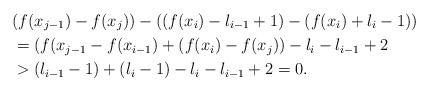
\begin{align*}&(f(x_{j-1})-f(x_j))-((f(x_i)-l_{i-1}+1)-(f(x_i)+l_i-1))\\&=(f(x_{j-1}-f(x_{i-1})+(f(x_i)-f(x_j))-l_i-l_{i-1}+2\\&>(l_{i-1}-1)+(l_i-1)-l_i-l_{i-1}+2=0.\end{align*}